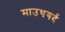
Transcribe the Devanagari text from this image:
माउथगर्द